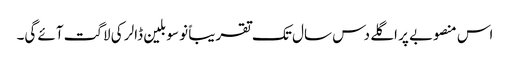
اس منصوبے پر اگلے دس سال تک تقریباً نو سو بلین ڈالر کی لاگت آئے گی۔